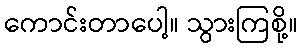
ကောင်းတာပေါ့။ သွားကြစို့။